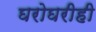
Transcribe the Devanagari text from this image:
घरोघरीही